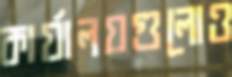
কার্যালয়গুলোও